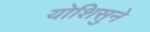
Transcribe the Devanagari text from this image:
योशिसुने